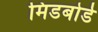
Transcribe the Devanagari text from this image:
मिडबोर्ड